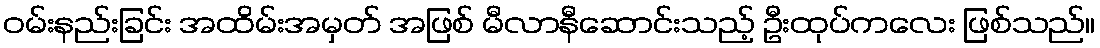
ဝမ်းနည်းခြင်း အထိမ်းအမှတ် အဖြစ် မီလာနီဆောင်းသည့် ဦးထုပ်ကလေး ဖြစ်သည်။